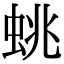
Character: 䖴